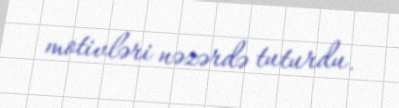
motivləri nəzərdə tuturdu.